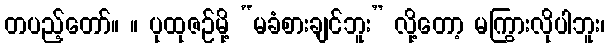
တပည့်တော်။ ။ ပုထုဇဉ်မို့ “မခံစားချင်ဘူး” လို့တော့ မကြွားလိုပါဘူး၊